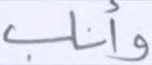
وأناب